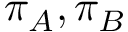
\pi _ { A } , \pi _ { B }